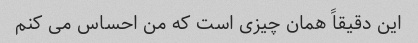
این دقیقاً همان چیزی است که من احساس می کنم